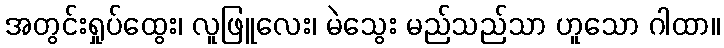
အတွင်းရှုပ်ထွေး၊ လူဖြူလေး၊ မဲသွေး မည်သည်သာ ဟူသော ဂါထာ။